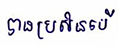
បានប្រសិនបើ